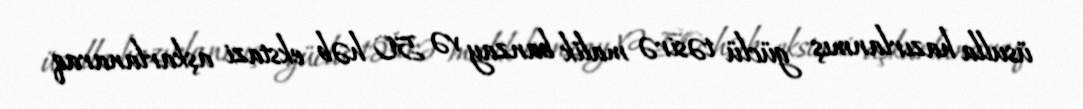
üsulla hazırlanmış güclü təsirə malik banzay və 50 həb ekstazi aşkarlanaraq